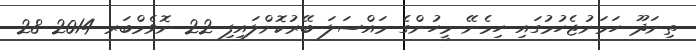
ތިނަދޫ ހަމަނުޖެހުމުގައި ހިމެނޭ މީހުންގެ މައްސަލަ ބޭރުކޮށްލައިފި 22 ނޮވެމްބަރ 2014 28